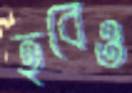
হবেও